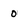
Character: 0